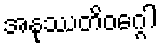
အနုဿတိဝဂ္ဂေါ